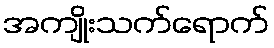
အကျိုးသက်ရောက်